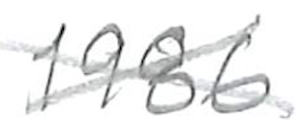
Text: 1986
Cross-out: cross
Writing tool: pencil